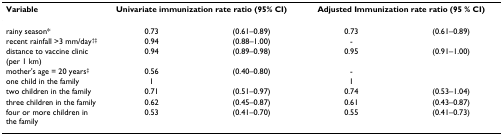
<table><thead><tr><td><b>Variable</b></td><td colspan="2"><b>Univariate immunization rate ratio (95% CI)</b></td><td colspan="2"><b>Adjusted Immunization rate ratio (95 % CI)</b></td></tr></thead><tbody><tr><td>rainy season*</td><td>0.73</td><td>(0.61–0.89)</td><td>0.73</td><td>(0.61–0.89)</td></tr><tr><td>recent rainfall &gt;3 mm/day<sup>†‡</sup></td><td>0.94</td><td>(0.88–1.00)</td><td>-</td><td></td></tr><tr><td>distance to vaccine clinic (per 1 km)</td><td>0.94</td><td>(0.89–0.98)</td><td>0.95</td><td>(0.91–1.00)</td></tr><tr><td>mother&#x27;s age = 20 years<sup>‡</sup></td><td>0.56</td><td>(0.40–0.80)</td><td>-</td><td></td></tr><tr><td>one child in the family</td><td>1</td><td></td><td>1</td><td></td></tr><tr><td>two children in the family</td><td>0.71</td><td>(0.51–0.97)</td><td>0.74</td><td>(0.53–1.04)</td></tr><tr><td>three children in the family</td><td>0.62</td><td>(0.45–0.87)</td><td>0.61</td><td>(0.43–0.87)</td></tr><tr><td>four or more children in the family</td><td>0.53</td><td>(0.41–0.70)</td><td>0.55</td><td>(0.41–0.73)</td></tr></tbody></table>